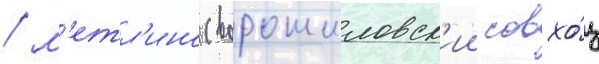
/ м'етл'ино (ворошиловск'ии совхо́з